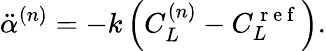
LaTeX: \ddot{\alpha}^{(n)}=-k\left(C_{L}^{(n)}-C_{L}^{\mathrm{~r~e~f~}}\right).